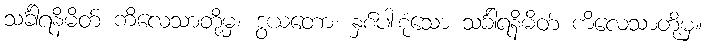
သင်္ခါရနိမိတ် ကိလေသာတို့မှ။ ဒွယတော၊ နှစ်ပါးစုံသော သင်္ခါရနိမိတ် ကိလေသာတို့မှ။